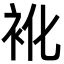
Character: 𮕬